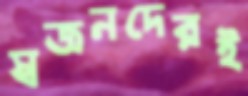
স্বজনদেরই